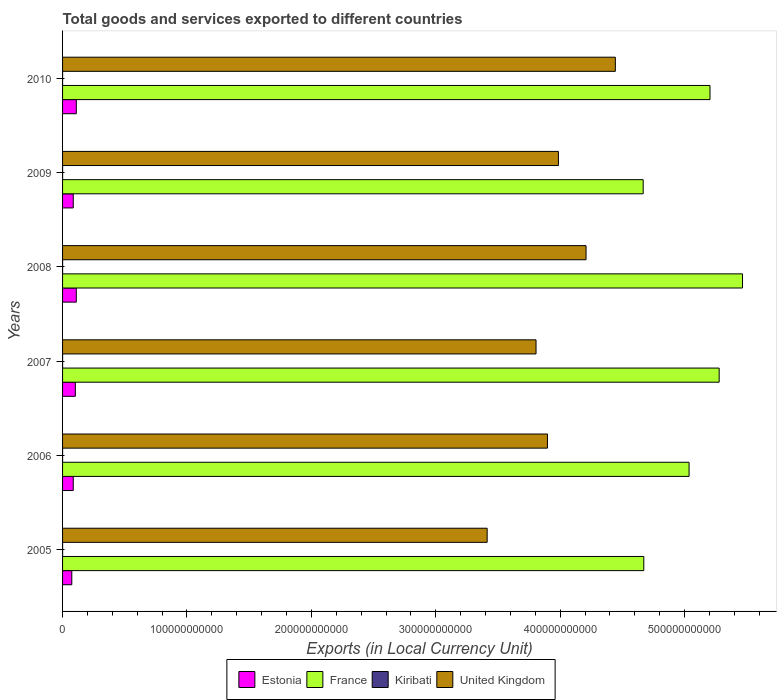
| Years | Estonia | France | Kiribati | United Kingdom |
 | --- | --- | --- | --- | --- |
 | 2005 | 7.42e+09 | 4.67e+11 | 1.96e+07 | 3.41e+11 |
 | 2006 | 8.58e+09 | 5.04e+11 | 1.52e+07 | 3.9e+11 |
 | 2007 | 1.03e+10 | 5.28e+11 | 2.49e+07 | 3.81e+11 |
 | 2008 | 1.1e+10 | 5.47e+11 | 2.26e+07 | 4.21e+11 |
 | 2009 | 8.6e+09 | 4.67e+11 | 2.34e+07 | 3.99e+11 |
 | 2010 | 1.1e+10 | 5.2e+11 | 1.78e+07 | 4.44e+11 |